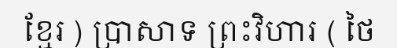
ខ្មែរ ) ប្រាសាទ ព្រះវិហារ ( ថៃ